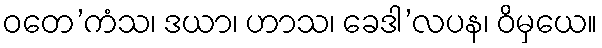
ဝတေ’ကံသ၊ ဒယာ၊ ဟာသ၊ ခေဒါ’လပန၊ ဝိမှယေ။